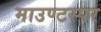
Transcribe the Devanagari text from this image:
माउण्टस्पर